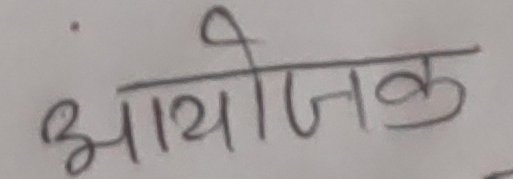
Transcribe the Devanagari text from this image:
आयोजक